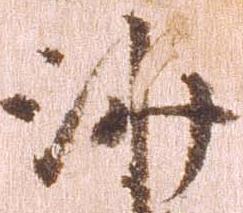
沙